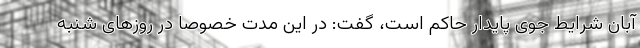
آبان شرایط جوی پایدار حاکم است، گفت: در این مدت خصوصاً در روزهای شنبه